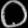
Digit: ၀